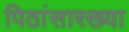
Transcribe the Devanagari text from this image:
पिठांसारख्या